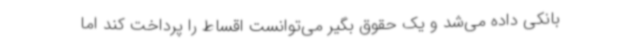
بانکی داده می‌شد و یک حقوق بگیر می‌توانست اقساط را پرداخت کند اما